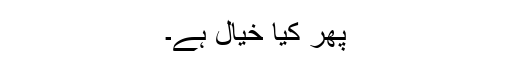
پھر کیا خیال ہے۔